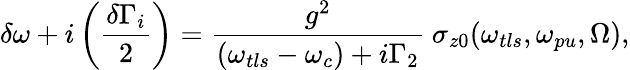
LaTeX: \delta\omega+i\left(\frac{\delta\Gamma_{i}}{2}\right)=\frac{g^{2}}{(\omega_{tls}-\omega_{c})+i\Gamma_{2}}\ \sigma_{z0}(\omega_{tls},\omega_{pu},\Omega),